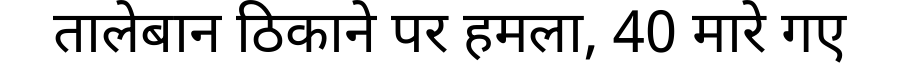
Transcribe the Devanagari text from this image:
तालेबान ठिकाने पर हमला, 40 मारे गए